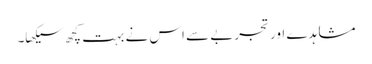
مشاہدے اور تجربے سے اس نے بہت کچھ سیکھا۔